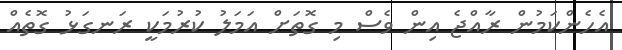
އެހެންކަމުން ރާއްޖެ އިން ވެސް މި ގޮތަށް އަމަލު ކުރުމަކީ ރަނގަޅު ގޮތެއް